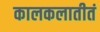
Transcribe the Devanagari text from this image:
कालकलातीतं